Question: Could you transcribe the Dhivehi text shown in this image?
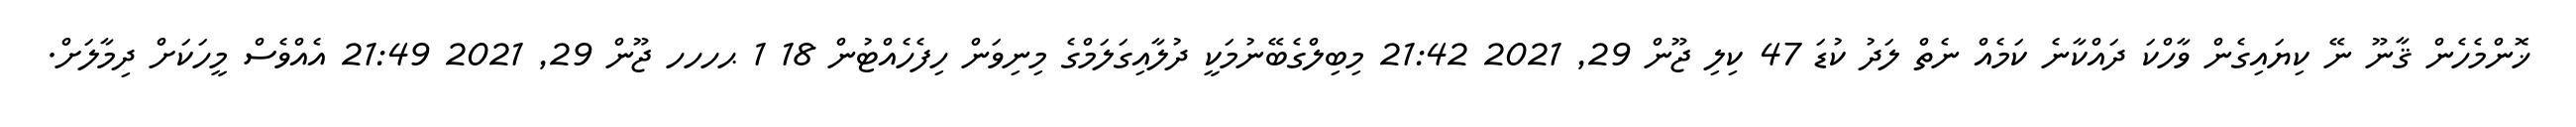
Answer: ޚޮންމެހެން ޤާނޫ ނޭ ކިޔައިގެން ވާހްކަ ދައްކާނެ ކަމެއް ނެތް ލަދު ކުޑަ 47 ކިލި ޖޫން 29, 2021 21:42 މިބިލްގެބޭނުމަކީ ދުލާއިގަލަމްގެ މިނިވަން ހިފެހެއްޓުން 18 1 ޙހހހ ޖޫން 29, 2021 21:49 އެއްވެސް މީހަކަށް ދިމާލަށް.